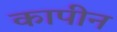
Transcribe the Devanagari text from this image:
कापीन